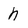
Character: h